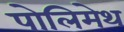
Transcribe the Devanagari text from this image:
पोलिमेथ